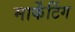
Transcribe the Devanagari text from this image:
मार्केंटिंग